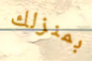
بمنزلك